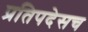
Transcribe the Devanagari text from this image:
प्रतिपदेसच